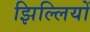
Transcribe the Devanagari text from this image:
झिल्‍लियों